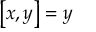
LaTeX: \left[ x , y \right] = y